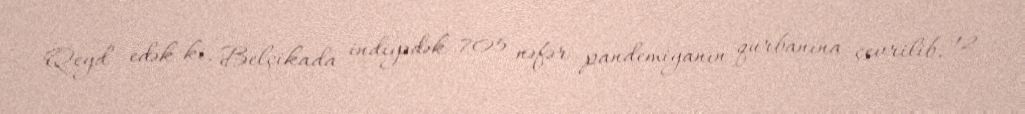
Qeyd edək ki, Belçikada indiyədək 705 nəfər pandemiyanın qurbanına çevrilib, 12